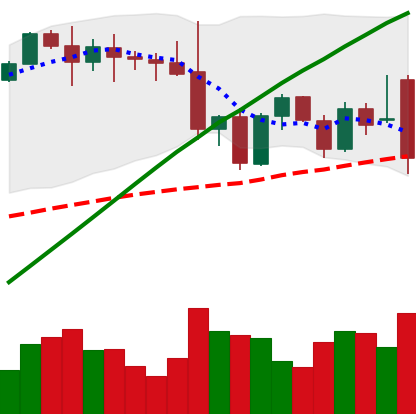
Ticker: ETH-USD
Chart end date: 2021-11-26
Forward return: 13.795%
Label: up_7plus